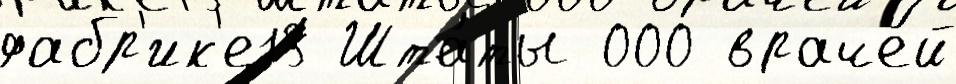
фабр'ик'е13 Шта́ты 000 враче́й